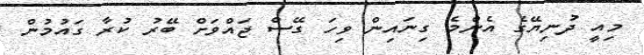
މިއީ ދުނިޔޭގެ އެންމެ ގިނައިން ވިހަ ގޭސް ޖައްވަށް ބޭރު ކުރާ ގައުމުން